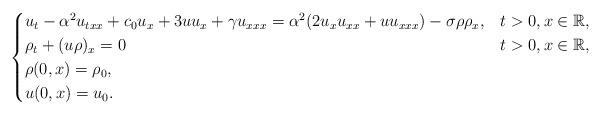
LaTeX: \begin{align*}\begin{cases} u_t - \alpha^2u_{txx} + c_0u_x + 3uu_x +\gamma u_{xxx}= \alpha^2(2u_xu_{xx}+uu_{xxx}) - \sigma \rho \rho_x, & t > 0, x\in \mathbb{R}, \\ \rho_t+(u\rho)_x = 0 & t > 0, x\in \mathbb{R}, \\\rho(0,x) = \rho_0, \\u(0,x) = u_0.\end{cases}\end{align*}